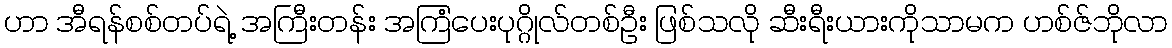
ဟာ အီရန်စစ်တပ်ရဲ့ အကြီးတန်း အကြံပေးပုဂ္ဂိုလ်တစ်ဦး ဖြစ်သလို ဆီးရီးယားကိုသာမက ဟစ်ဇ်ဘိုလာ